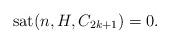
LaTeX: \begin{align*}\textup{sat}(n , H , C_{2k+1} ) = 0.\end{align*}